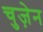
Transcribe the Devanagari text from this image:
चुज़ेन